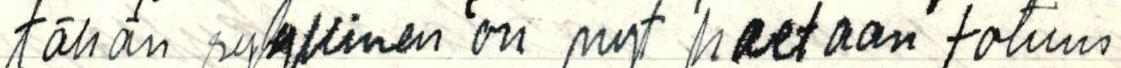
tähän syyllinen on nyt haetaan totuus